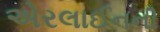
એરલાઈનની